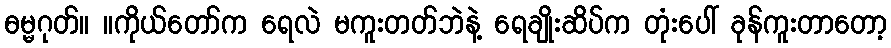
ဓမ္မဂုတ်။ ။ကိုယ်တော်က ရေလဲ မကူးတတ်ဘဲနဲ့ ရေချိုးဆိပ်က တုံးပေါ် ခုန်ကူးတာတော့